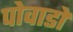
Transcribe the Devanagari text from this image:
पोवाडों